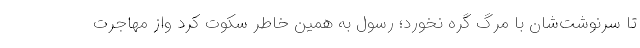
تا سرنوشت‌شان با مرگ گره نخورد؛ رسول به همین خاطر سکوت کرد واز مهاجرت